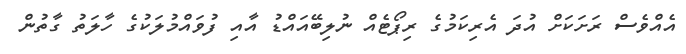
އެއްވެސް ރަށަކަށް އުދަ އެރިކަމުގެ ރިޕޯޓެއް ނުލިބޭއައްޑު އާއި ފުވައްމުލަކުގެ ހާލަތު ގާތުން